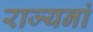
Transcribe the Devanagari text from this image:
राज्यनां